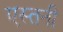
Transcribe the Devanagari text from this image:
एस्तनी